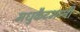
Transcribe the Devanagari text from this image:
मधुकैटभन्त्री